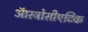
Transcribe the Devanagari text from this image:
ऑस्ट्रोसीएटिक